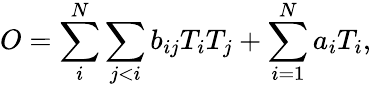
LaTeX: O=\sum_{i}^{N}\sum_{j<i}b_{ij}T_{i}T_{j}+\sum_{i=1}^{N}a_{i}T_{i},